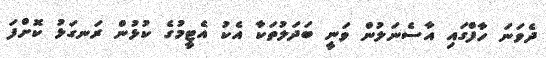
ދެވަނަ ހާފްގައި އާސެނަލުން ވަނީ ބަދަލުތަކާ އެކު އެޓީމުގެ ކުޅުން ރަނގަޅު ކޮށްފަ